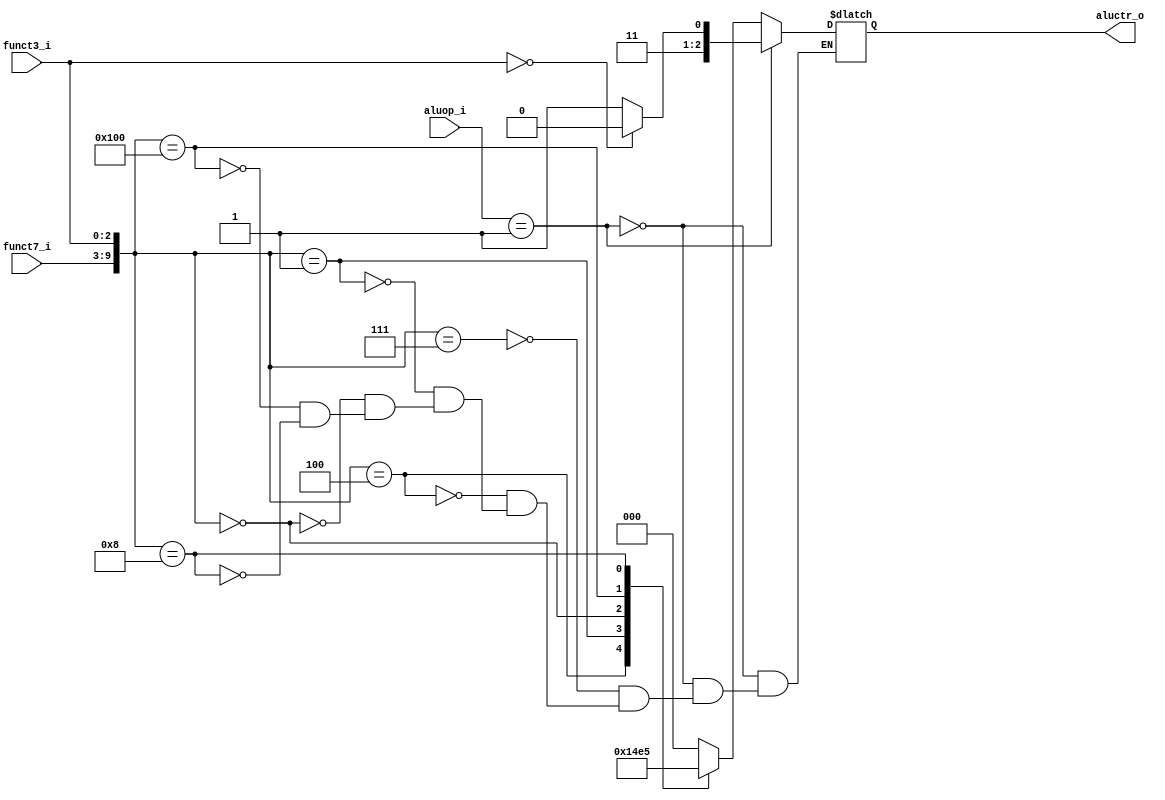
module ALU_Control(
    funct3_i,
    funct7_i,
    aluop_i,
    aluctr_o
);

input [2:0] funct3_i;
input [6:0] funct7_i;
input [1:0] aluop_i;
output [2:0] aluctr_o;
wire [9:0] funct;
reg [2:0] tmp;
assign funct = {funct7_i, funct3_i};
assign aluctr_o = tmp;
always @ (*) begin
    if (aluop_i == 2'b01)
        if (funct3_i == 3'b000)
            tmp = 3'b110;
        else
            tmp = 3'b111;
    else
        case (funct)
        10'b0000000111: tmp = 3'b000;
        10'b0000000100: tmp = 3'b001;
        10'b0000000001: tmp = 3'b010;
        10'b0000000000: tmp = 3'b011;
        10'b0100000000: tmp = 3'b100;
        10'b0000001000: tmp = 3'b101;
        endcase

end

endmodule